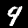
Digit: 9